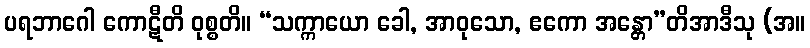
ပရဘာဂေါ ကောဋီတိ ဝုစ္စတိ။ “သက္ကာယော ခေါ, အာဝုသော, ဧကော အန္တော”တိအာဒီသု (အ။